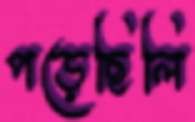
পড়েছিলি